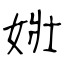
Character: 𡝂